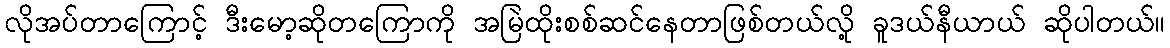
လိုအပ်တာကြောင့် ဒီးမော့ဆိုတကြောကို အမြဲထိုးစစ်ဆင်နေတာဖြစ်တယ်လို့ ခူဒယ်နီယာယ် ဆိုပါတယ်။